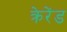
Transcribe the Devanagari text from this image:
क्रेरेंड